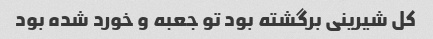
کل شیرینی برگشته بود تو جعبه و خورد شده بود